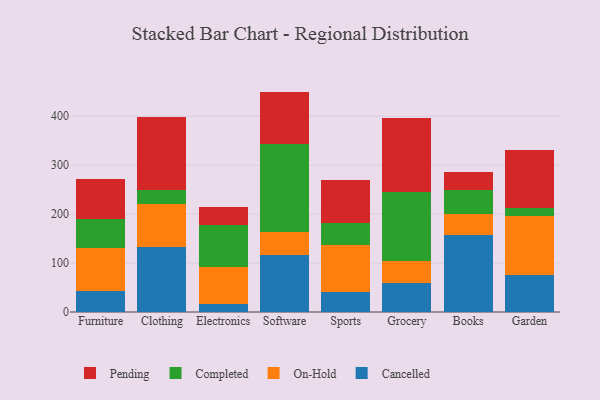
{"axis": {"x": "Category", "y": "Satisfaction Score"}, "legend": ["Cancelled", "Completed", "On-Hold", "Pending"], "data": [{"x": "Furniture", "y": 43.1, "type": "Cancelled"}, {"x": "Furniture", "y": 87.6, "type": "On-Hold"}, {"x": "Furniture", "y": 60.0, "type": "Completed"}, {"x": "Furniture", "y": 81.4, "type": "Pending"}, {"x": "Clothing", "y": 133.0, "type": "Cancelled"}, {"x": "Clothing", "y": 87.8, "type": "On-Hold"}, {"x": "Clothing", "y": 29.4, "type": "Completed"}, {"x": "Clothing", "y": 148.6, "type": "Pending"}, {"x": "Electronics", "y": 16.7, "type": "Cancelled"}, {"x": "Electronics", "y": 75.8, "type": "On-Hold"}, {"x": "Electronics", "y": 84.3, "type": "Completed"}, {"x": "Electronics", "y": 37.3, "type": "Pending"}, {"x": "Software", "y": 117.0, "type": "Cancelled"}, {"x": "Software", "y": 47.2, "type": "On-Hold"}, {"x": "Software", "y": 179.5, "type": "Completed"}, {"x": "Software", "y": 106.6, "type": "Pending"}, {"x": "Sports", "y": 40.6, "type": "Cancelled"}, {"x": "Sports", "y": 96.1, "type": "On-Hold"}, {"x": "Sports", "y": 44.3, "type": "Completed"}, {"x": "Sports", "y": 89.0, "type": "Pending"}, {"x": "Grocery", "y": 59.7, "type": "Cancelled"}, {"x": "Grocery", "y": 45.1, "type": "On-Hold"}, {"x": "Grocery", "y": 140.9, "type": "Completed"}, {"x": "Grocery", "y": 150.6, "type": "Pending"}, {"x": "Books", "y": 157.8, "type": "Cancelled"}, {"x": "Books", "y": 42.3, "type": "On-Hold"}, {"x": "Books", "y": 49.5, "type": "Completed"}, {"x": "Books", "y": 36.9, "type": "Pending"}, {"x": "Garden", "y": 75.4, "type": "Cancelled"}, {"x": "Garden", "y": 121.7, "type": "On-Hold"}, {"x": "Garden", "y": 15.4, "type": "Completed"}, {"x": "Garden", "y": 119.4, "type": "Pending"}]}